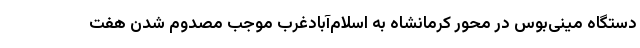
دستگاه مینی‌بوس در محور کرمانشاه به اسلام‌آبادغرب موجب مصدوم شدن هفت